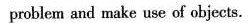
problem and make use of objects.